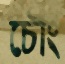
চৌং